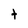
Character: t